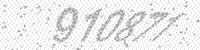
Solution: 910871